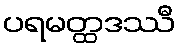
ပရမတ္ထဒဿီ